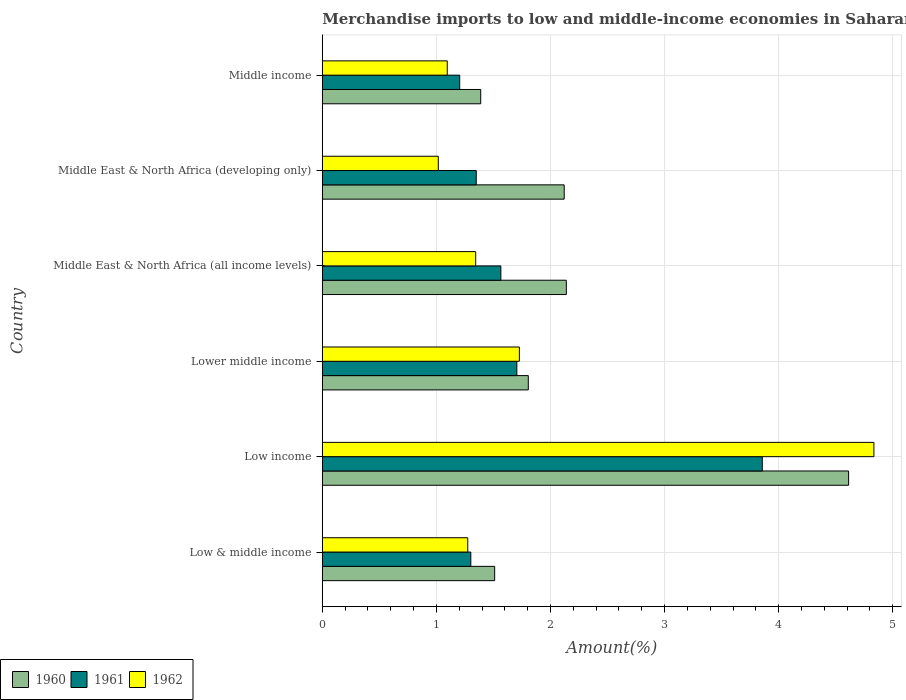
| Country | 1960 | 1961 | 1962 |
 | --- | --- | --- | --- |
 | Low & middle income | 1.51 | 1.3 | 1.27 |
 | Low income | 4.61 | 3.86 | 4.84 |
 | Lower middle income | 1.81 | 1.71 | 1.73 |
 | Middle East & North Africa (all income levels) | 2.14 | 1.57 | 1.34 |
 | Middle East & North Africa (developing only) | 2.12 | 1.35 | 1.02 |
 | Middle income | 1.39 | 1.2 | 1.1 |